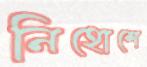
নিহোশে